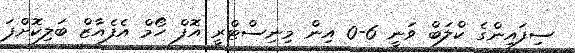
ސިފައިންގެ ކްލަބް ވަނީ 6-0 އިން މިނިސްޓްރީ އޮފް ހޯމް އެފެއާޒް ބަލިކޮށްފަ